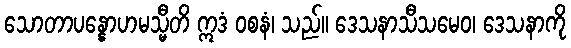
သောတာပန္နောဟမသ္မီတိ ဣဒံ ဝစနံ၊ သည်။ ဒေသနာသီသမေဝ၊ ဒေသနာကို